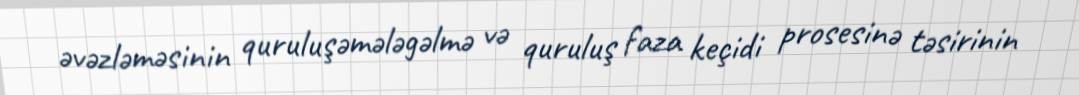
əvəzləməsinin quruluşəmələgəlmə və quruluş faza keçidi prosesinə təsirinin